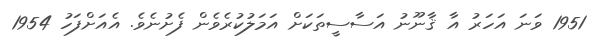
1951 ވަނަ އަހަރު އާ ޤާނޫނު އަސާސީތަކަށް އަމަލުކުރެވެން ފެށުނެވެ. އެއަށްފަހު 1954